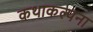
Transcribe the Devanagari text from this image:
कथाकल्पना